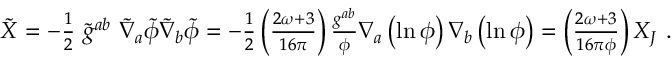
\begin{array} { r } { \tilde { X } = - \frac { 1 } { 2 } ~ \tilde { g } ^ { a b } ~ \tilde { \nabla } _ { a } \tilde { \phi } \tilde { \nabla } _ { b } \tilde { \phi } = - \frac { 1 } { 2 } \left( \frac { 2 \omega + 3 } { 1 6 \pi } \right) \frac { g ^ { a b } } { \phi } \nabla _ { a } \left( \ln { \phi } \right) \nabla _ { b } \left( \ln { \phi } \right) = \left( \frac { 2 \omega + 3 } { 1 6 \pi \phi } \right) X _ { J } ~ . } \end{array}